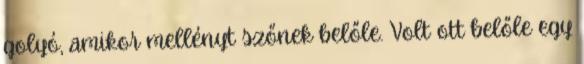
golyó, amikor mellényt szőnek belőle. Volt ott belőle egy